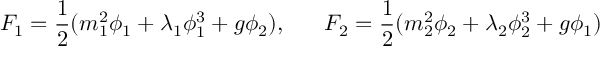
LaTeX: F _ { 1 } = \frac { 1 } { 2 } ( m _ { 1 } ^ { 2 } \phi _ { 1 } + \lambda _ { 1 } \phi _ { 1 } ^ { 3 } + g \phi _ { 2 } ) , \; \; \; \; \; \; F _ { 2 } = \frac { 1 } { 2 } ( m _ { 2 } ^ { 2 } \phi _ { 2 } + \lambda _ { 2 } \phi _ { 2 } ^ { 3 } + g \phi _ { 1 } )